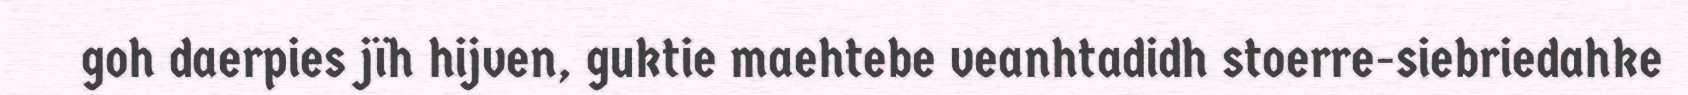
goh daerpies jïh hijven, guktie maehtebe veanhtadidh stoerre-siebriedahke